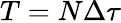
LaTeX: T=N\Delta\tau